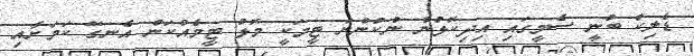
ޑެލިކް ބުނީ ސެމީގައި އިދިކޮޅުން ނުކުންނަ ޓީމަކީ މޮޅު ޓީމެއްކަން އެނގޭ ކަމަށާއި